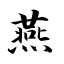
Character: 燕